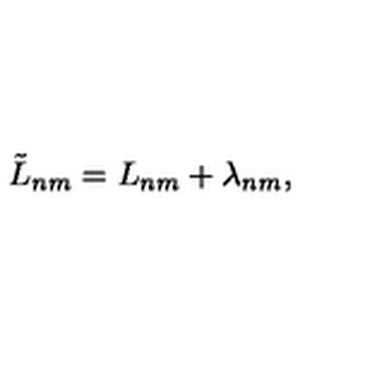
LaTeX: \tilde { L } _ { n m } = L _ { n m } + \lambda _ { n m } ,